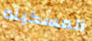
المسكينه